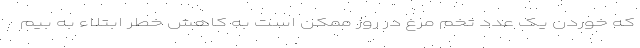
که خوردن یک عدد تخم مرغ در روز ممکن است به کاهش خطر ابتلاء به بیم